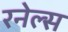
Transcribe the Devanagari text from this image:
रनेल्स